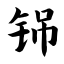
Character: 铞